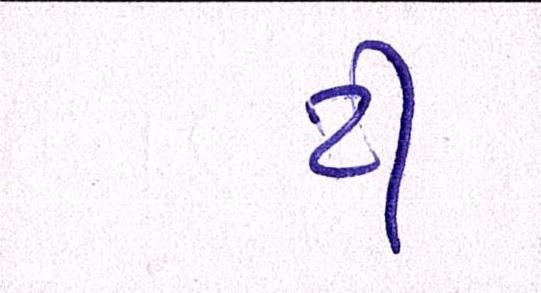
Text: ટી